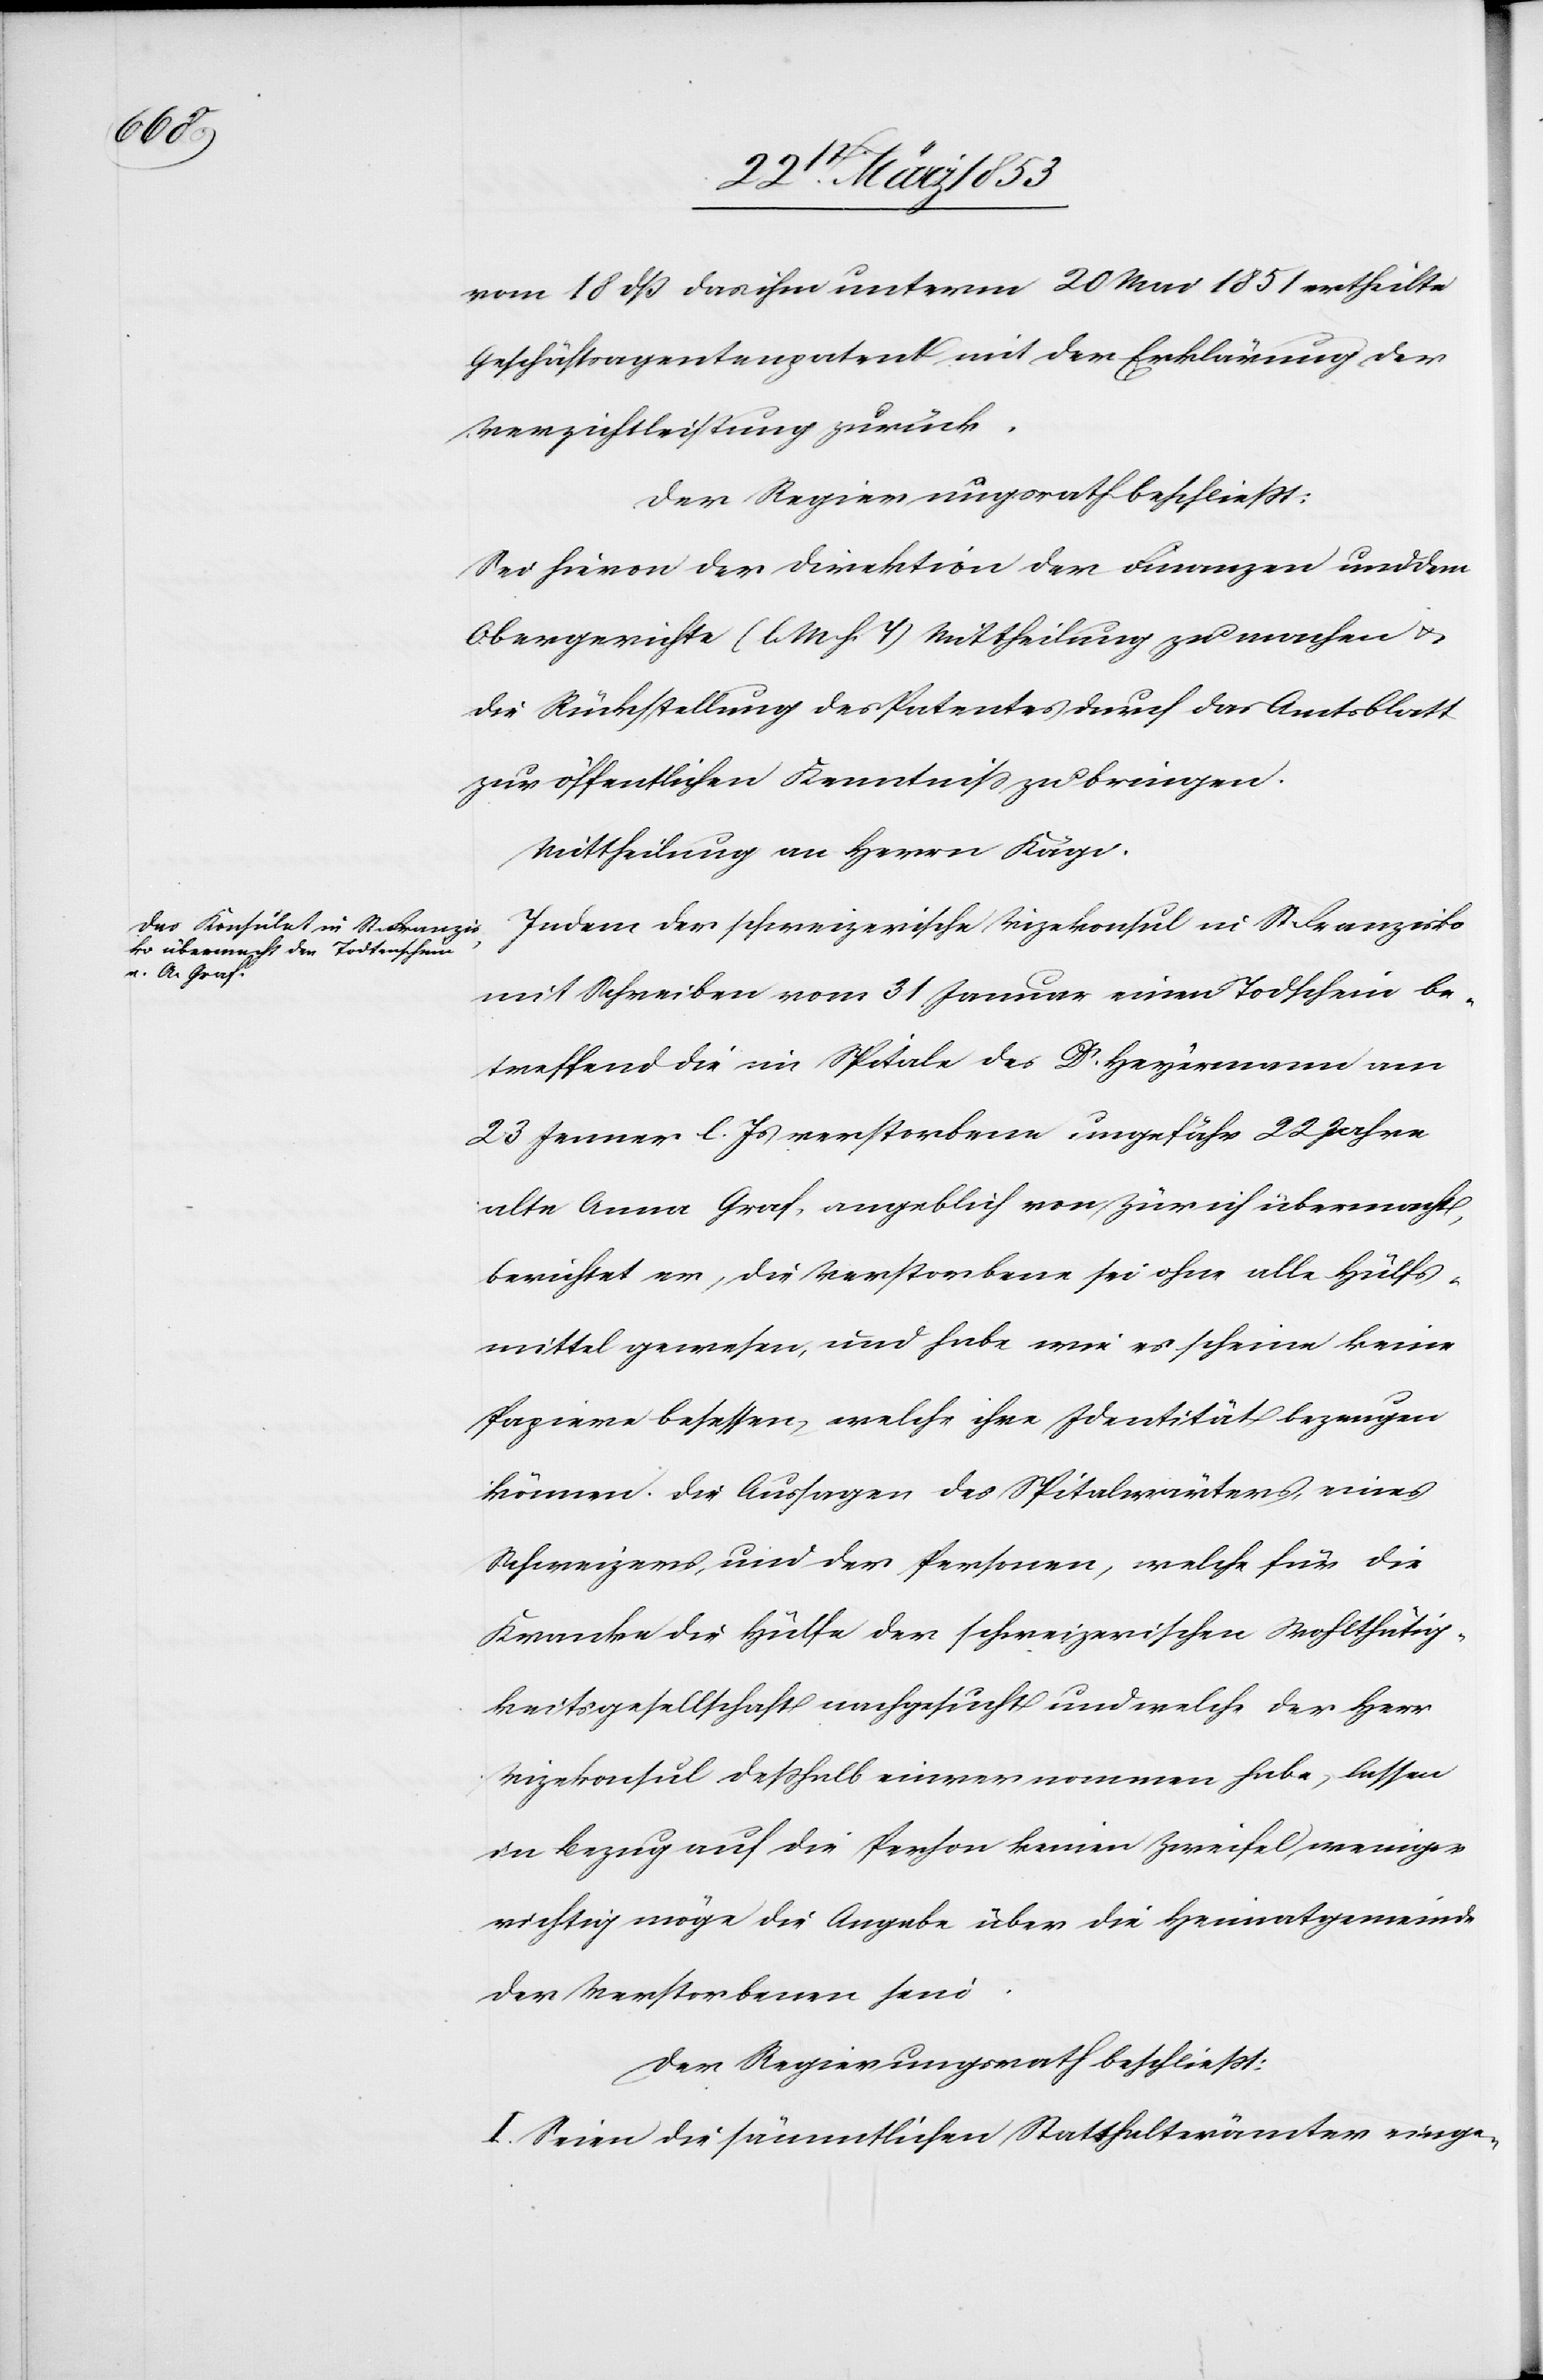
vom 18 dß das ihm unterm 20 Mai 1851 ertheilte
Geschäftsagentenpatent mit der Erklärung der
Verzichtsleistung zurück.
Der Regierungsrath beschließt:
Sei hievon der Direktion der Finanzen und dem
Obergerichte [l. M. h. T] Mittheilung zu machen u.
die Rückstellung des Patentes durch das Amtsblatt
zur öffentlichen Kenntniß zu bringen.
Mittheilung an Herrn Kägi.
Indem der schweizerische Vizekonsul in S. Franzisko
mit Schreiben vom 31 Januar einen Todschein be¬
treffend die im Spitale des Dr. Heyermann am
23 Januar l. Js. verstorbene ungefähr 22 Jahre
alte Anna Graf, angeblich von Zürich übermacht,
berichtet er, die Verstorbene sei ohne alle Hülfs¬
mittel gewesen, und habe wie es scheine keine
Papiere besessen, welche ihre Identität bezeugen
können. Die Aussagen des Spitalwärters, eines
Schweizers, und den Personen, welche für die
Kranke die Hülfe der schweizerischen Wohlthätig¬
keitsgesellschaft nachgesucht und welche der Herr
Vizekonsul deßhalb einvernommen habe, lassen
in Bezug auf die Person keinen Zweifel, weniger
richtig möge die Angabe über die Heimatgemeinde
der Verstorbenen sein.
Der Regierungsrath beschließt:
I. Seien die sämmtlichen Statthalterämter einge-